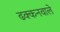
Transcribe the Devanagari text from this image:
ढक्कनवाले